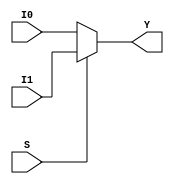
module mux2x1_5bit (output reg[4:0] Y, input S, input[4:0] I0,I1);
always @(S,I0,I1)
	if(S) Y=I1;
	else Y=I0;
endmodule